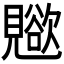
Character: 𧢊